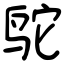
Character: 鸵